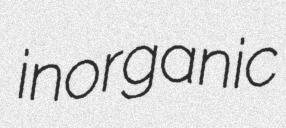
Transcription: inorganic